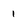
Character: 1